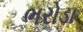
ભરોડા